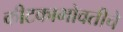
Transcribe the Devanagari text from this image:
कीटकाभोवतीचे